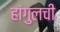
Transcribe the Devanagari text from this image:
हांगुलची